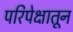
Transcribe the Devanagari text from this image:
परिपेक्षातून